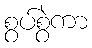
စွပ်စွဲကာ